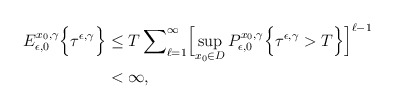
\begin{align*} E_{\epsilon,0}^{x_0,\gamma} \Bigl\{ \tau^{\epsilon,\gamma} \Bigr\} &\le T\sum\nolimits_{\ell=1}^{\infty} \Bigl[\sup_{x_0 \in D} P_{\epsilon,0}^{x_0,\gamma} \Bigl\{ \tau^{\epsilon,\gamma} > T \Bigr\}\Bigr]^{\ell-1} \\ &< \infty, \end{align*}